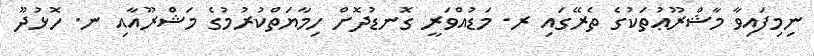
ނިމިފައިވާ މާޝްރޫޢުތަކުގެ ތެރޭގައި ރ. މަޑުއްވަރީ ގޮނޑުދޮށް ހިމާޔަތްކުރުމުގެ މަޝްރޫއާއި ނ. ހޮޅުދޫ